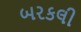
બરકલી